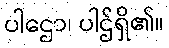
ပါဌော၊ ပါဌ်ရှိ၏။